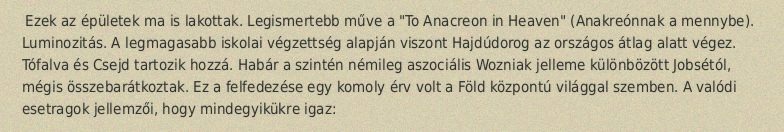
Ezek az épületek ma is lakottak. Legismertebb műve a "To Anacreon in Heaven" (Anakreónnak a mennybe). Luminozitás. A legmagasabb iskolai végzettség alapján viszont Hajdúdorog az országos átlag alatt végez. Tófalva és Csejd tartozik hozzá. Habár a szintén némileg aszociális Wozniak jelleme különbözött Jobsétól, mégis összebarátkoztak. Ez a felfedezése egy komoly érv volt a Föld központú világgal szemben. A valódi esetragok jellemzői, hogy mindegyikükre igaz: